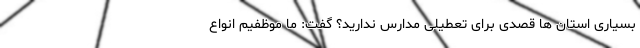
بسیاری استان ها قصدی برای تعطیلی مدارس ندارید؟ گفت: ما موظفیم انواع